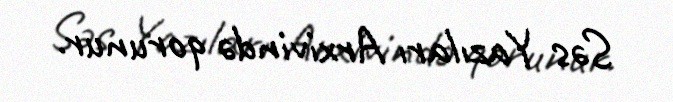
Səs Yazıları Arxivində qorunur.